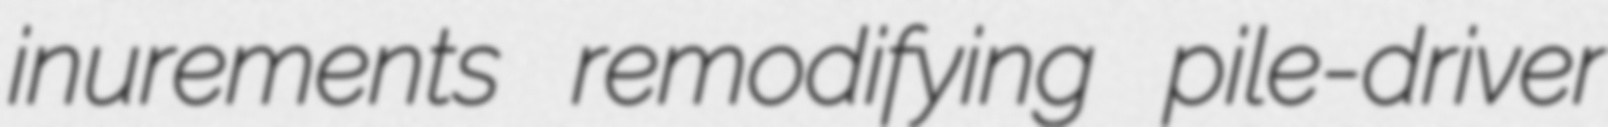
inurements remodifying pile-driver